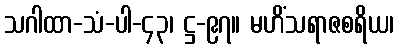
သဂါထာ-သံ-ပါ-၄၃၊ ဋ္ဌ-၉၇။ မဟိံသရာဇစရိယ၊